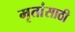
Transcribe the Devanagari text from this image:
मृतांसाठी